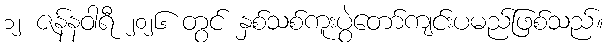
၁၂ ဇန်နဝါရီ ၂၀၂၆ တွင် နှစ်သစ်ကူးပွဲတော်ကျင်းပမည်ဖြစ်သည်။